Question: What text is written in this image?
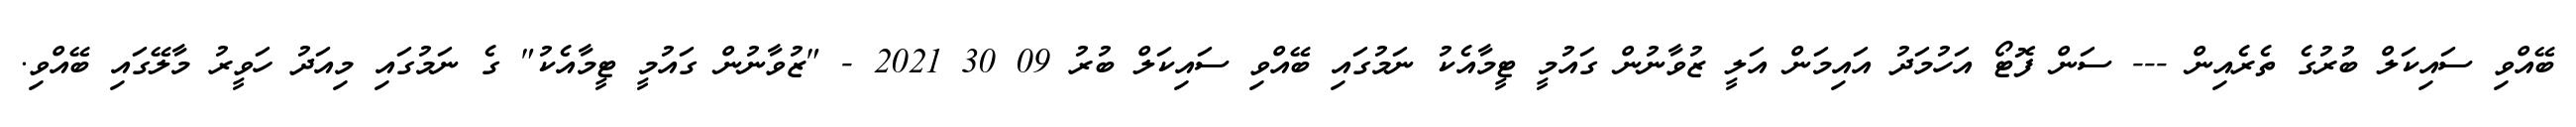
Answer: ބޭއްވި ސައިކަލް ބުރުގެ ތެރެއިން --- ސަން ފޮޓޯ އަހުމަދު އައިމަން އަލީ ޒުވާނުން ގައުމީ ޓީމާއެކު ނަމުގައި ބޭއްވި ސައިކަލް ބުރު 09 30 2021 - "ޒުވާނުން ގައުމީ ޓީމާއެކު" ގެ ނަމުގައި މިއަދު ހަވީރު މާލޭގައި ބޭއްވި.